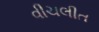
વીચલીત